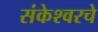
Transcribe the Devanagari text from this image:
संकेश्वरचे